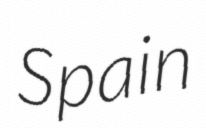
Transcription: Spain